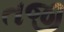
તજી